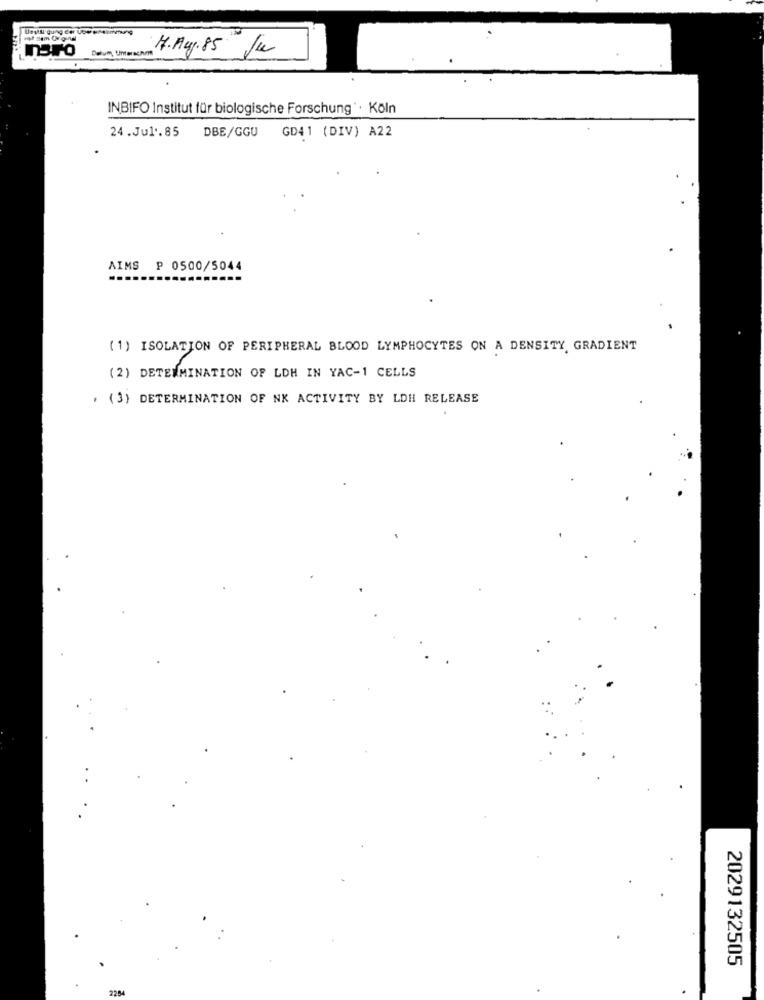
Dalum, Unterschn
H.Aug.85 Ju
INBIFO Institut für biologische Forschung'· Köln
24 .Jul .. 85
DBE/GGU
GD41 (DIV) A22
AIMS P 0500/5044
(1) ISOLATION OF PERIPHERAL BLOOD LYMPHOCYTES ON A DENSITY, GRADIENT
(2) DETERMINATION OF LDH IN YAC-1 CELLS
. (3) DETERMINATION OF NK ACTIVITY BY LDH RELEASE
2029132505
2284